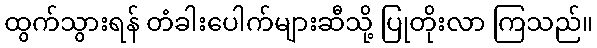
ထွက်သွားရန် တံခါးပေါက်များဆီသို့ ပြုတိုးလာ ကြသည်။